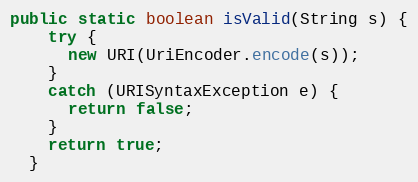
Language: Java
public static boolean isValid(String s) {
    try {
      new URI(UriEncoder.encode(s));
    }
    catch (URISyntaxException e) {
      return false;
    }
    return true;
  }